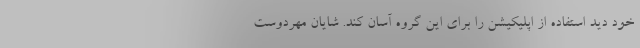
خود دید استفاده از اپلیکیشن را برای این گروه آسان کند. شایان مهردوست